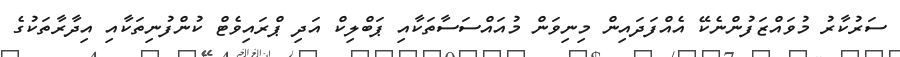
ސަރުކާރު މުވައްޒަފުންނެކޭ އެއްފަދައިން މިނިވަން މުއައްސަސާތަކާއި ޕަބްލިކް އަދި ޕްރައިވެޓް ކުންފުނިތަކާއި އިދާރާތަކުގެ